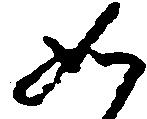
如